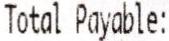
TOTAL PAYABLE: